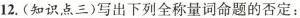
12.(知识点三)写出下列全称量词命题的否定：